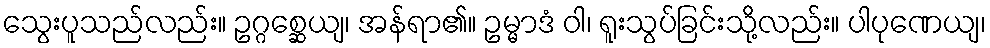
သွေးပူသည်လည်း။ ဥဂ္ဂစ္ဆေယျ၊ အန်ရာ၏။ ဥမ္မာဒံ ဝါ၊ ရူးသွပ်ခြင်းသို့လည်း။ ပါပုဏေယျ၊